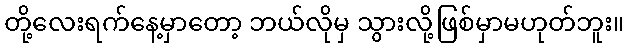
တို့လေးရက်နေ့မှာတော့ ဘယ်လိုမှ သွားလို့ဖြစ်မှာမဟုတ်ဘူး။